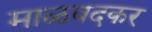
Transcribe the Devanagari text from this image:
माळवदकर